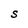
Character: S